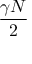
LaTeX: \frac { \gamma N } { 2 }